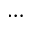
\dots